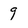
Character: 9